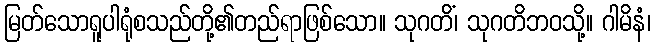
မြတ်သောရူပါရုံစသည်တို့၏တည်ရာဖြစ်သော။ သုဂတိံ၊ သုဂတိဘဝသို့။ ဂါမိနံ၊